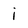
Character: i